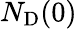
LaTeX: N_{\mathrm{D}}(0)